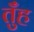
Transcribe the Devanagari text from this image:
तुँह